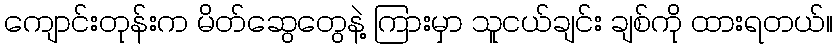
ကျောင်းတုန်းက မိတ်ဆွေတွေနဲ့ ကြားမှာ သူငယ်ချင်း ချစ်ကို ထားရတယ်။